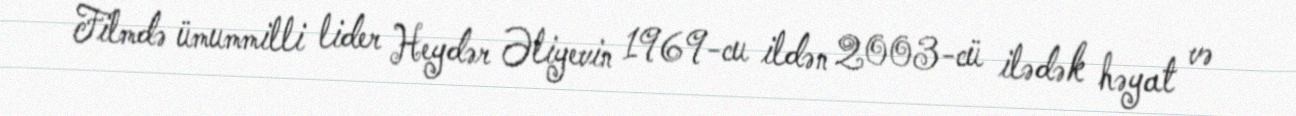
Filmdə ümummilli lider Heydər Əliyevin 1969-cu ildən 2003-cü ilədək həyat və